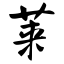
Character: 莱